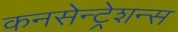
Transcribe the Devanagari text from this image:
कनसेन्ट्रेशन्स